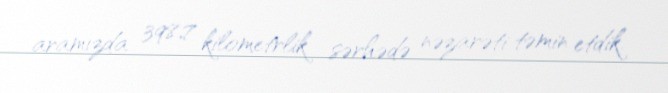
aramızda 398,7 kilometrlik sərhədə nəzarəti təmin etdik.